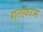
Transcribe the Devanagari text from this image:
ग़ुलफ़ाम